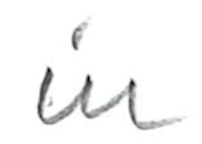
Text: in
Cross-out: clean
Writing tool: pencil